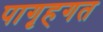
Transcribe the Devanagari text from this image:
पागृहगत